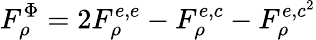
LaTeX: F_{\rho}^{\Phi}=2F_{\rho}^{e,e}-F_{\rho}^{e,c}-F_{\rho}^{e,c^{2}}